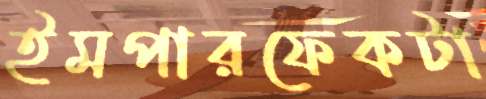
ইমপারফেকটা